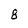
Character: 8